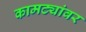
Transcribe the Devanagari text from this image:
कामट्यांवर